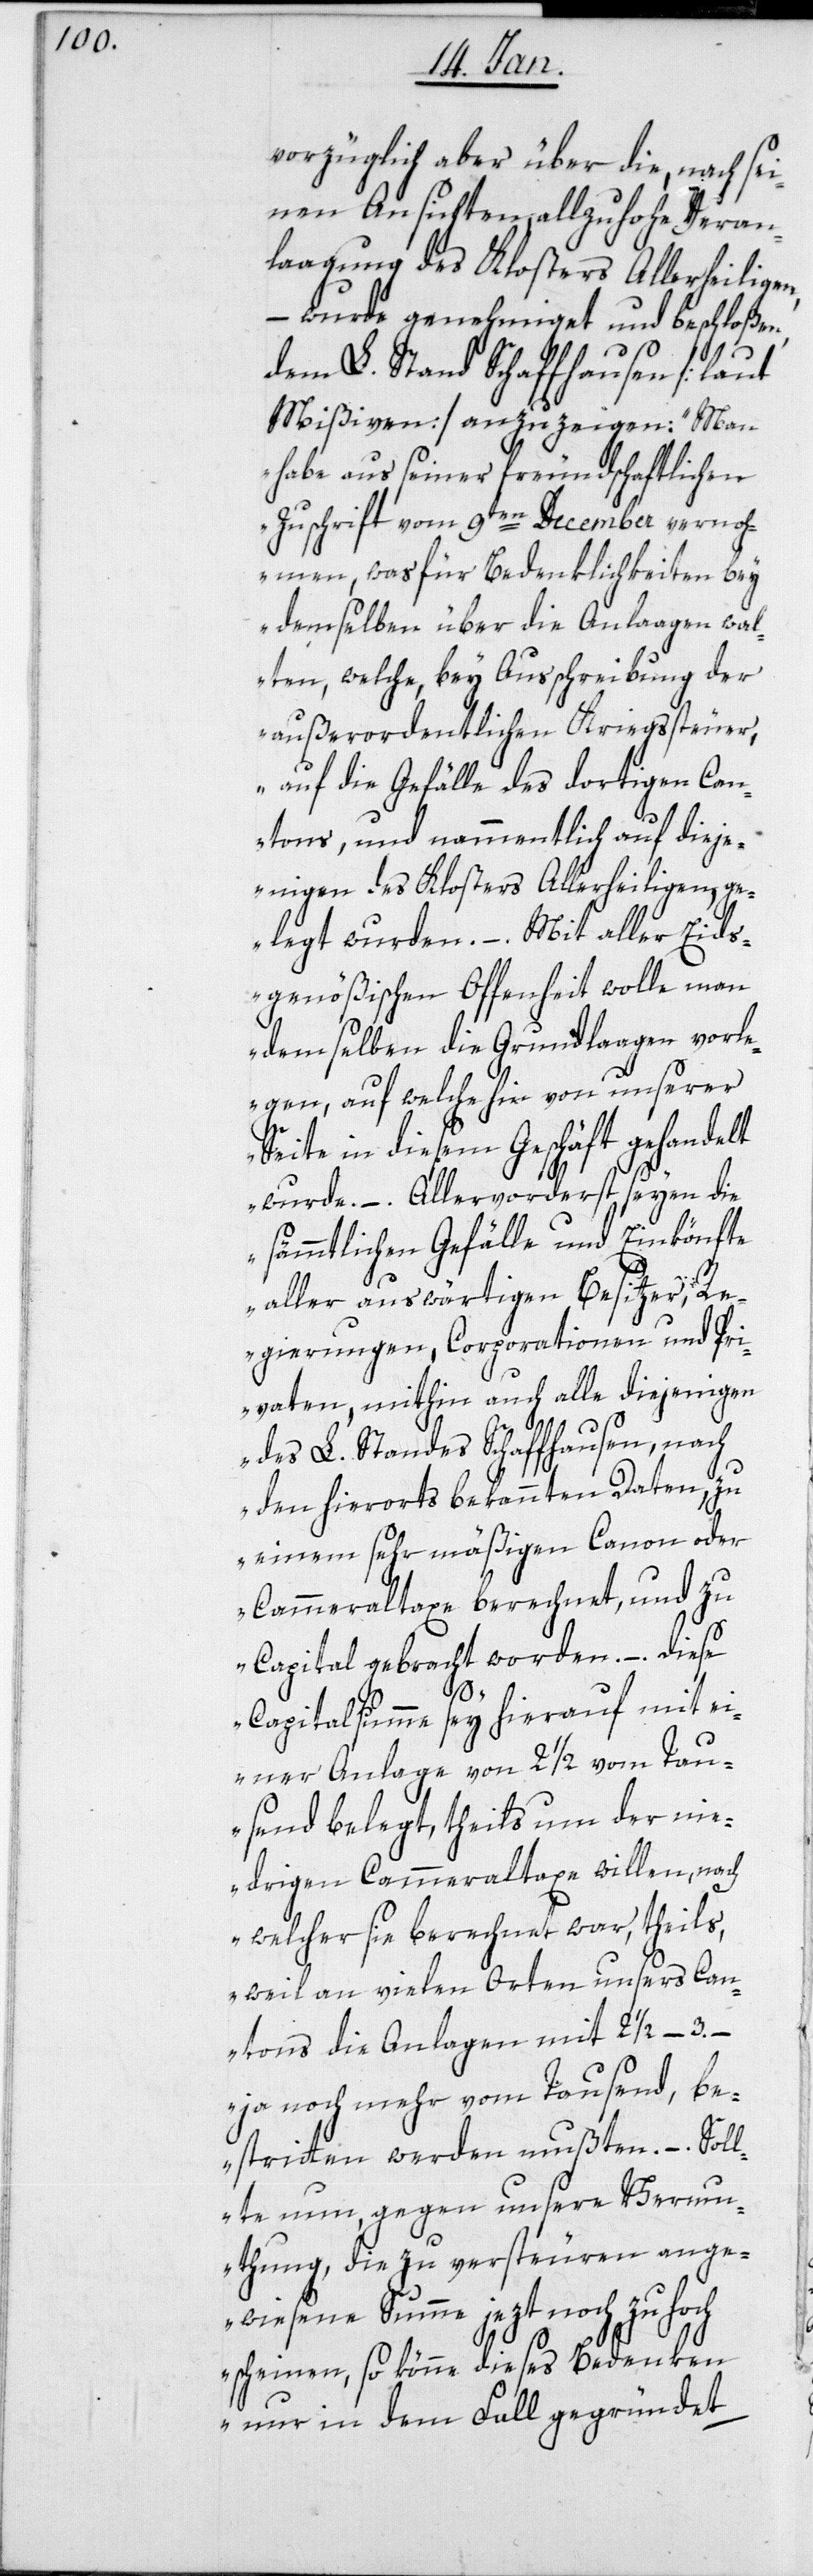
vorzüglich aber über die, nach sei¬
nen Ansichten, allzuhohe Veran¬
laagung des Klosters Allerheiligen,
– wurde genehmiget und beschloßen,
dem L. Stand Schaffhausen [laut
Mißiven] anzuzeigen: „Man
habe aus seiner freundschaftlichen
Zuschrift vom 9ten December vernoh¬
men, was für Bedenklichkeiten bey
demselben über die Anlaagen wal¬
ten, welche, bey Ausschreibung der
außerordentlichen Kriegssteuer,
auf die Gefälle des dortigen Can¬
tons, und nammentlich auf dieje¬
nigen des Klosters Allerheiligen, ge¬
legt wurden. – Mit aller Eids¬
genößischen Offenheit wolle man
demselben die Grundlaagen vorl¬
egen, auf welche hin von unserer
Seite in diesem Geschäft gehandelt
wurde. – Allervorderst seyen die
sämmtlichen Gefälle und Einkönfte
aller auswärtigen Besitzer, R¬
egierungen, Corporationen und Pri¬
vaten, mithin auch alle diejenigen
des L. Standes Schaffhausen, nach
den hierorts bekannten Daten, zu
einem sehr mäßigen Canon oder
Cammeraltaxe berechnet, und zu
Capital gebracht worden. – Diese
Capitalsumme sey hierauf mit ei¬
ner Anlage von 2 1/2 vom Tau¬
send belegt, theils um der ni¬
edrigen Cammeraltaxe willen, nach
welcher sie berechnet war, theils,
weil an vielen Orten unsers Can¬
tons die Anlagen mit 2 1/2 – 3. –
ja noch mehr vom Tausend, be¬
stritten werden mußten. –Soll¬
te nun, gegen unsre Vermu¬
thung, die zu versteuern ange¬
wiesene Summe jezt noch zu hoch
scheinen, so könne dieses Bedenken
nur in dem Fall gegründet